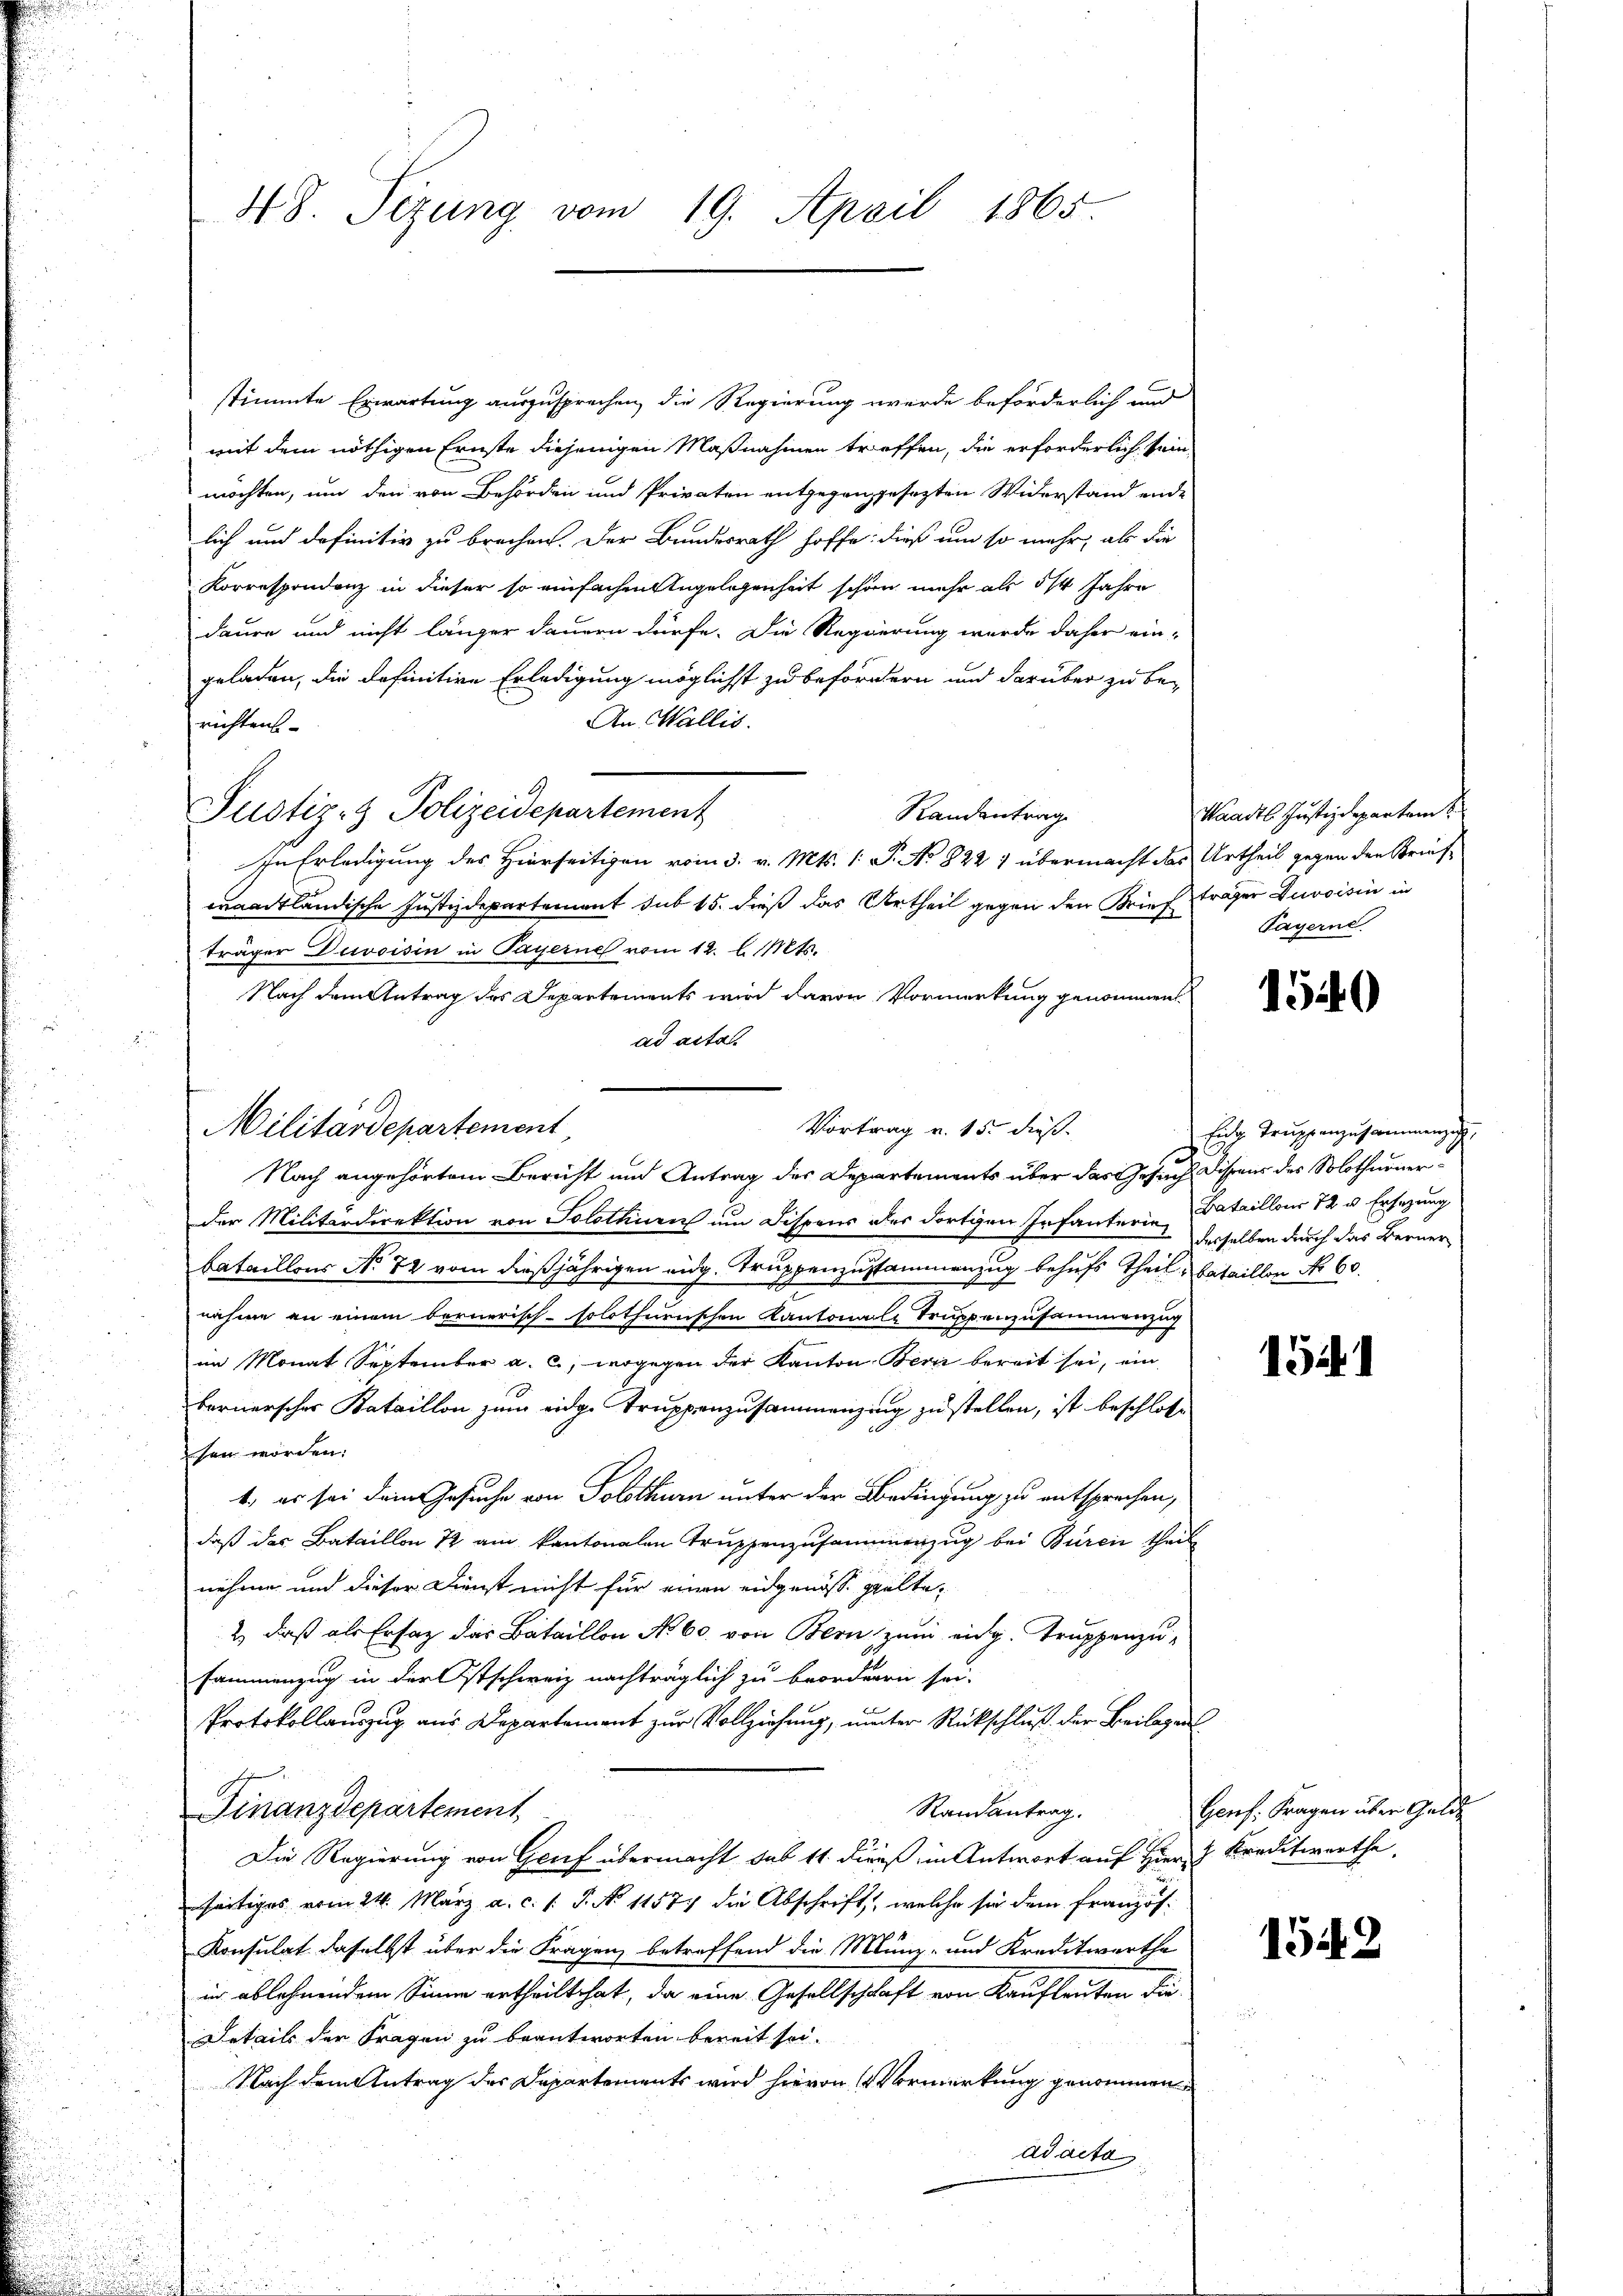
48. Sizung vom 19. April 1865.

stimmte Erwartung auszusprechen, die Regierung werde beförderlich und
mit dem nöthigen Ernste diejenigen Maßnahmen treffen, die erforderlich sein
möchten, um den von Behörden und Privaten entgegengesezten Widerstand ende
lich und definitiv zu brechen. Der Bundesrath hoffe, dieß um so mehr, als die
Korrespondenz in dieser so einfachen Angelegenheit schön mehr als 5/4 Jahre
daure und nicht länger dauern dürfe. Die Regierung wurde daher ein-
geladen, die definitive Erledigung möglichst zu befordern und darüber zu be¬
An Wallis.
richtens
Justiz- & Polizeidepartement
Randentrag
In Erledigung des Hierseitigen vom 3. v. Mts. 1 P. No. 822 1 übermacht das Urtheil gegen den Brief-
waadtländische Justizdepartement sub 15. dieß das Urtheil gegen den Brief träger Zuvoisin in
träger Durvoisin in Payerne vom 12. l. Mts.
Nach dem Antrag des Departements wird davon Vormerkung genommen
ad acta
Vortrag v. 15. dieß.
Nach angehörtem Bericht und Antrag des Departements über das Gesuch Dissens des Solothurnerder Militärdirektion von Solothurn um Dispens des dortigen Infanterie, desselben durch das Bernerbataillons No 72 vom dießjährigen eidg. Truppenzustammenzug behufs Theil, bataillon No 60.
nahme an einem bernerisch-solothurnischen Kantonale Truppenzusammenzug
im Monat September a. c., wogegen der Kanton Bern bereit sei, ein
bernerscher Bataillon zum eidge Truppenzusammenzing zu stellen, ist beschlosse
sen worden:
1) es sei dem Gesuche von Solothurn unter der Bedingung zu entsprechen,
daß das Bataillon 12 am kantonalen Truppenzusammenzug bei Büren theil
nehme und dieser Dienst nicht für einen eidgenosse prälte¬
2) daß als Ersatz das Bataillon No 60. von Bern zum eidg. Truppenzusammenzug in der Ostschweiz nachträglich zu beorderen sei.
Protokollauszug aus Departement zur Vollziehung, unter Rückschluß der Beilagen
Finanzdepartement
Randantrag.
Die Regierung von Genf übermacht sub 11 dieß in Antwort auf Hier Kreditwerthe
seitiges vom 24. März a. c. s. S. No 11577 die Abschrift, welche sie dem französ
Konsulat daselbst über die Fragen, betreffend die Münz- und Kreditwerthe
in ablehnendem Sinne ertheilt hat, da eine Gesellschaft von Kaufleuten die¬
Setails der Fragen zu beantworten bereit sei.
Nach dem Antrag des Departements wird hievon Vormerkung genommen
ad acta

Militärdepartement

Waadt Justizdepartem
Payerne

1540

Eig Trŭppenzusammengeh
Bataillons 12 u. Ersezung

1541

Genf. Fragen über Gelde

1542